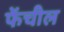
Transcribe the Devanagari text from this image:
फेंचील